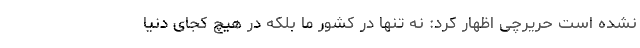
نشده است حریرچی اظهار کرد: نه تنها در کشور ما بلکه در هیچ کجای دنیا